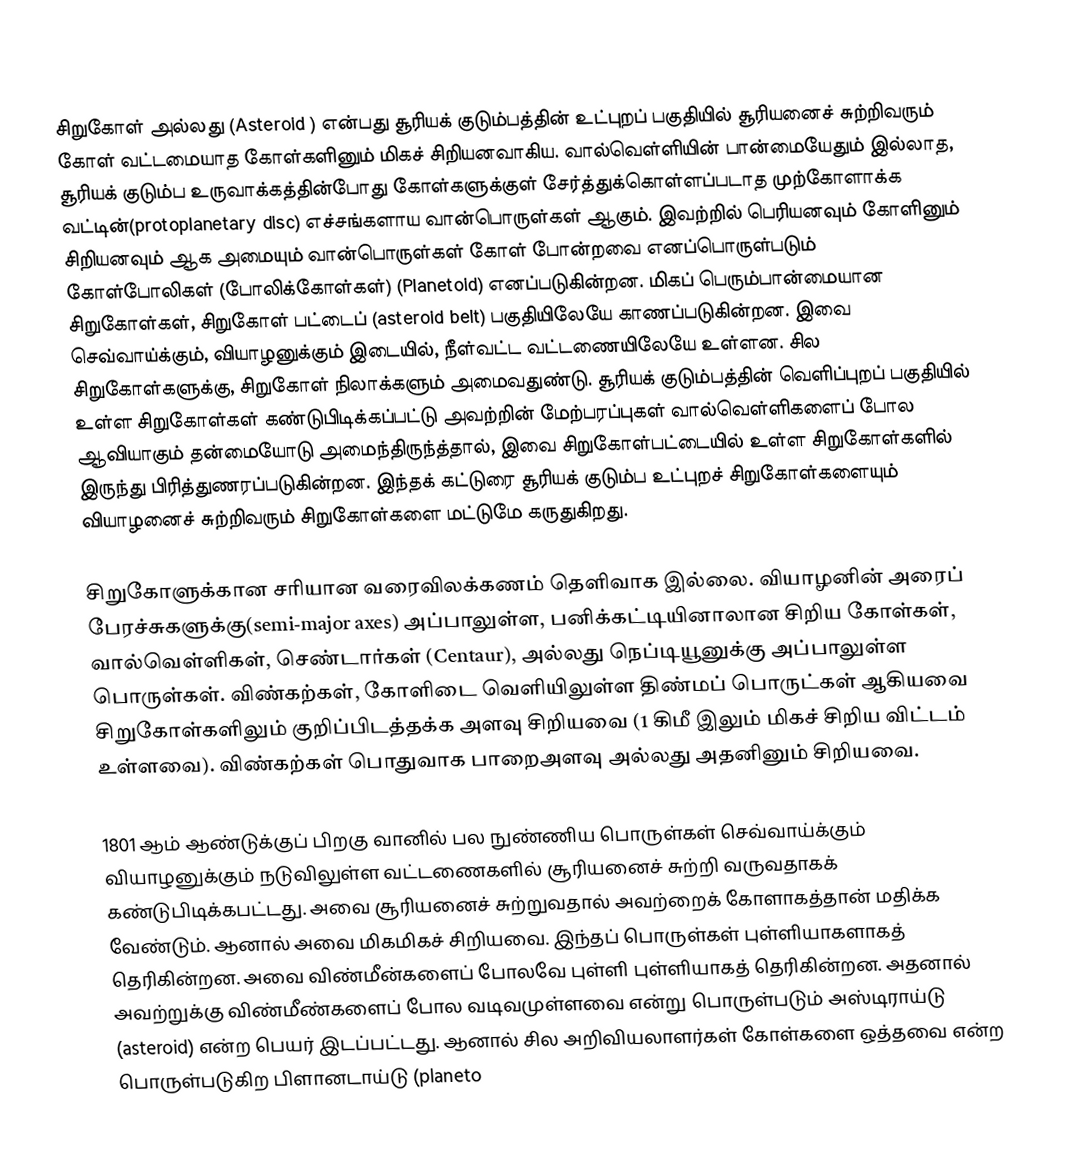
சிறுகோள் அல்லது  (Asteroid ) என்பது சூரியக் குடும்பத்தின் உட்புறப் பகுதியில்  சூரியனைச் சுற்றிவரும் கோள் வட்டமையாத கோள்களினும் மிகச் சிறியனவாகிய. வால்வெள்ளியின் பான்மையேதும் இல்லாத, சூரியக் குடும்ப உருவாக்கத்தின்போது கோள்களுக்குள் சேர்த்துக்கொள்ளப்படாத முற்கோளாக்க வட்டின்(protoplanetary disc) எச்சங்களாய வான்பொருள்கள் ஆகும். இவற்றில் பெரியனவும் கோளினும் சிறியனவும் ஆக அமையும் வான்பொருள்கள் கோள் போன்றவை எனப்பொருள்படும் கோள்போலிகள் (போலிக்கோள்கள்) (Planetoid) எனப்படுகின்றன. மிகப் பெரும்பான்மையான சிறுகோள்கள், சிறுகோள் பட்டைப் (asteroid belt) பகுதியிலேயே காணப்படுகின்றன. இவை செவ்வாய்க்கும், வியாழனுக்கும் இடையில், நீள்வட்ட வட்டணையிலேயே உள்ளன. சில சிறுகோள்களுக்கு, சிறுகோள் நிலாக்களும் அமைவதுண்டு. சூரியக் குடும்பத்தின் வெளிப்புறப் பகுதியில் உள்ள சிறுகோள்கள் கண்டுபிடிக்கப்பட்டு அவற்றின் மேற்பரப்புகள் வால்வெள்ளிகளைப் போல ஆவியாகும் தன்மையோடு அமைந்திருந்த்தால், இவை சிறுகோள்பட்டையில் உள்ள சிறுகோள்களில் இருந்து பிரித்துணரப்படுகின்றன. இந்தக் கட்டுரை சூரியக் குடும்ப உட்புறச் சிறுகோள்களையும் வியாழனைச் சுற்றிவரும் சிறுகோள்களை மட்டுமே கருதுகிறது.

சிறுகோளுக்கான சரியான வரைவிலக்கணம் தெளிவாக இல்லை. வியாழனின் அரைப் பேரச்சுகளுக்கு(semi-major axes) அப்பாலுள்ள, பனிக்கட்டியினாலான சிறிய கோள்கள், வால்வெள்ளிகள், செண்டார்கள் (Centaur), அல்லது நெப்டியூனுக்கு அப்பாலுள்ள பொருள்கள். விண்கற்கள், கோளிடை வெளியிலுள்ள திண்மப் பொருட்கள் ஆகியவை சிறுகோள்களிலும் குறிப்பிடத்தக்க அளவு சிறியவை (1 கிமீ இலும் மிகச் சிறிய விட்டம் உள்ளவை). விண்கற்கள் பொதுவாக பாறைஅளவு அல்லது அதனினும் சிறியவை.

1801 ஆம் ஆண்டுக்குப் பிறகு வானில் பல நுண்ணிய பொருள்கள் செவ்வாய்க்கும் வியாழனுக்கும் நடுவிலுள்ள வட்டணைகளில் சூரியனைச் சுற்றி வருவதாகக் கண்டுபிடிக்கபட்டது. அவை சூரியனைச் சுற்றுவதால் அவற்றைக் கோளாகத்தான் மதிக்க வேண்டும். ஆனால் அவை மிகமிகச் சிறியவை. இந்தப் பொருள்கள் புள்ளியாகளாகத் தெரிகின்றன. அவை விண்மீன்களைப் போலவே புள்ளி புள்ளியாகத் தெரிகின்றன. அதனால் அவற்றுக்கு விண்மீண்களைப் போல வடிவமுள்ளவை என்று பொருள்படும் அஸ்டிராய்டு (asteroid) என்ற பெயர் இடப்பட்டது. ஆனால் சில அறிவியலாளர்கள் கோள்களை ஒத்தவை என்ற பொருள்படுகிற பிளானடாய்டு (planeto